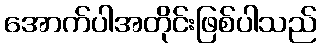
အောက်ပါအတိုင်းဖြစ်ပါသည်